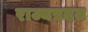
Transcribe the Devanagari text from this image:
राज्यप्रदत